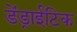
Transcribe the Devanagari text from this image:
डेंड्राईटिक